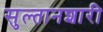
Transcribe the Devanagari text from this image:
सुल्तानशारी